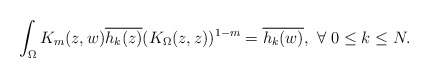
\begin{align*} \int_\Omega K_m(z,w) \overline{h_k(z)} (K_\Omega(z,z))^{1-m}= \overline{h_k(w)}, \ \forall\ 0\leq k \leq N.\end{align*}